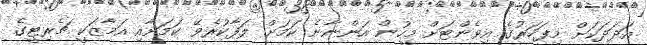
އަދަދަކަށް މިފަހަރުގެ އިވެންޓަށް މީހުން އަންނާނެ ކަމަށް ލަފާކުރެވޭ ކަމަށާއި އަމާޒަކީ ޗެރިޓީގެ